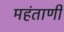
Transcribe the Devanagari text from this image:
महंताणी